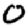
Digit: 0